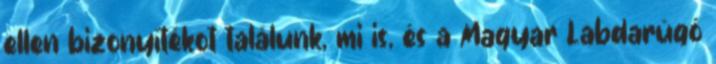
ellen bizonyítékot találunk, mi is, és a Magyar Labdarúgó